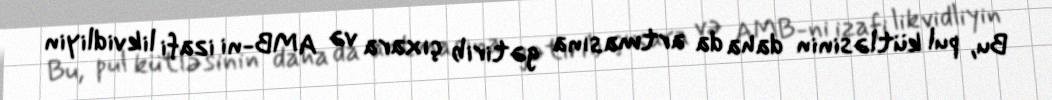
Bu, pul kütləsinin daha da artmasına gətirib çıxara və AMB-ni izafi likvidliyin